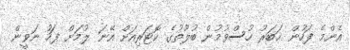
އެންމެ ފަހުން ޚަބަރު ހުސްވުމުން ބުލޫތުގެ ކޮޓަރިއަށް އޭނަ ލުމަށް ފަހު ނަވީން